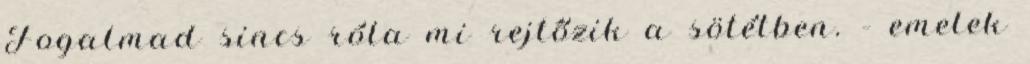
Fogalmad sincs róla mi rejtőzik a sötétben. – emelek